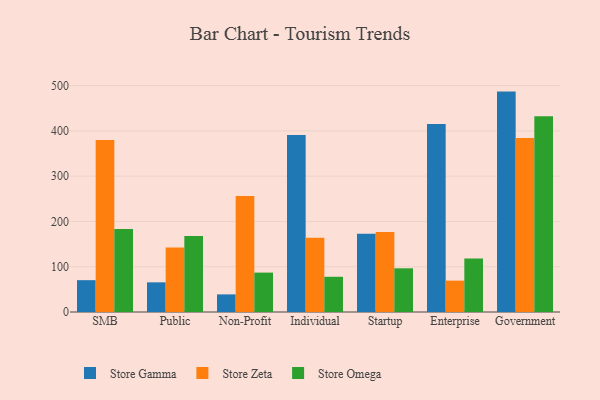
{"axis": {"x": "Segment", "y": "Latency (ms)"}, "legend": ["Store Gamma", "Store Omega", "Store Zeta"], "data": [{"x": "SMB", "y": 70.3, "type": "Store Gamma"}, {"x": "SMB", "y": 379.8, "type": "Store Zeta"}, {"x": "SMB", "y": 183.4, "type": "Store Omega"}, {"x": "Public", "y": 65.5, "type": "Store Gamma"}, {"x": "Public", "y": 142.7, "type": "Store Zeta"}, {"x": "Public", "y": 168.1, "type": "Store Omega"}, {"x": "Non-Profit", "y": 38.9, "type": "Store Gamma"}, {"x": "Non-Profit", "y": 256.0, "type": "Store Zeta"}, {"x": "Non-Profit", "y": 87.0, "type": "Store Omega"}, {"x": "Individual", "y": 390.8, "type": "Store Gamma"}, {"x": "Individual", "y": 163.9, "type": "Store Zeta"}, {"x": "Individual", "y": 77.8, "type": "Store Omega"}, {"x": "Startup", "y": 173.0, "type": "Store Gamma"}, {"x": "Startup", "y": 176.8, "type": "Store Zeta"}, {"x": "Startup", "y": 96.5, "type": "Store Omega"}, {"x": "Enterprise", "y": 415.0, "type": "Store Gamma"}, {"x": "Enterprise", "y": 69.3, "type": "Store Zeta"}, {"x": "Enterprise", "y": 118.3, "type": "Store Omega"}, {"x": "Government", "y": 486.8, "type": "Store Gamma"}, {"x": "Government", "y": 384.3, "type": "Store Zeta"}, {"x": "Government", "y": 432.3, "type": "Store Omega"}]}